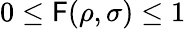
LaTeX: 0\leq\mathsf{F}(\rho,\sigma)\leq1